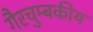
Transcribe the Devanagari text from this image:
गैरचुम्बकीय